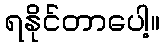
ရနိုင်တာပေါ့။